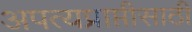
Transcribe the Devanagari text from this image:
अपत्यप्राप्तीसाठी